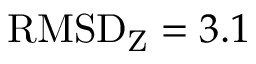
\mathrm { R M S D } _ { \mathrm { Z } } = 3 . 1